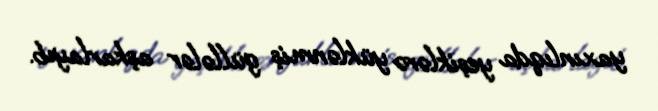
yaxınlıqda yeşiklərə yüklənmiş güllələr aşkarlayıb.